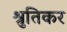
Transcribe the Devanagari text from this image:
श्रुतिकर